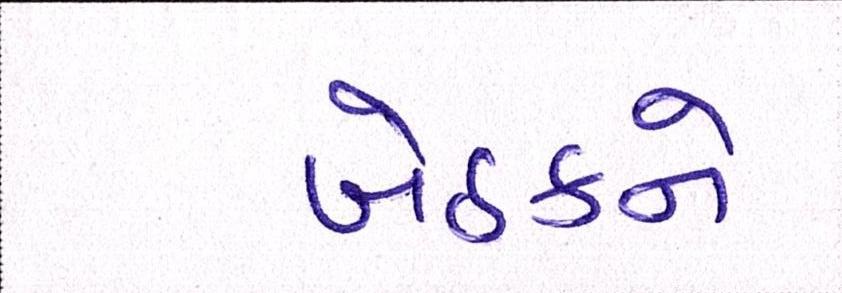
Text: બેઠકને